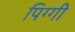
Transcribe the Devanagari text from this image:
पिग्गी